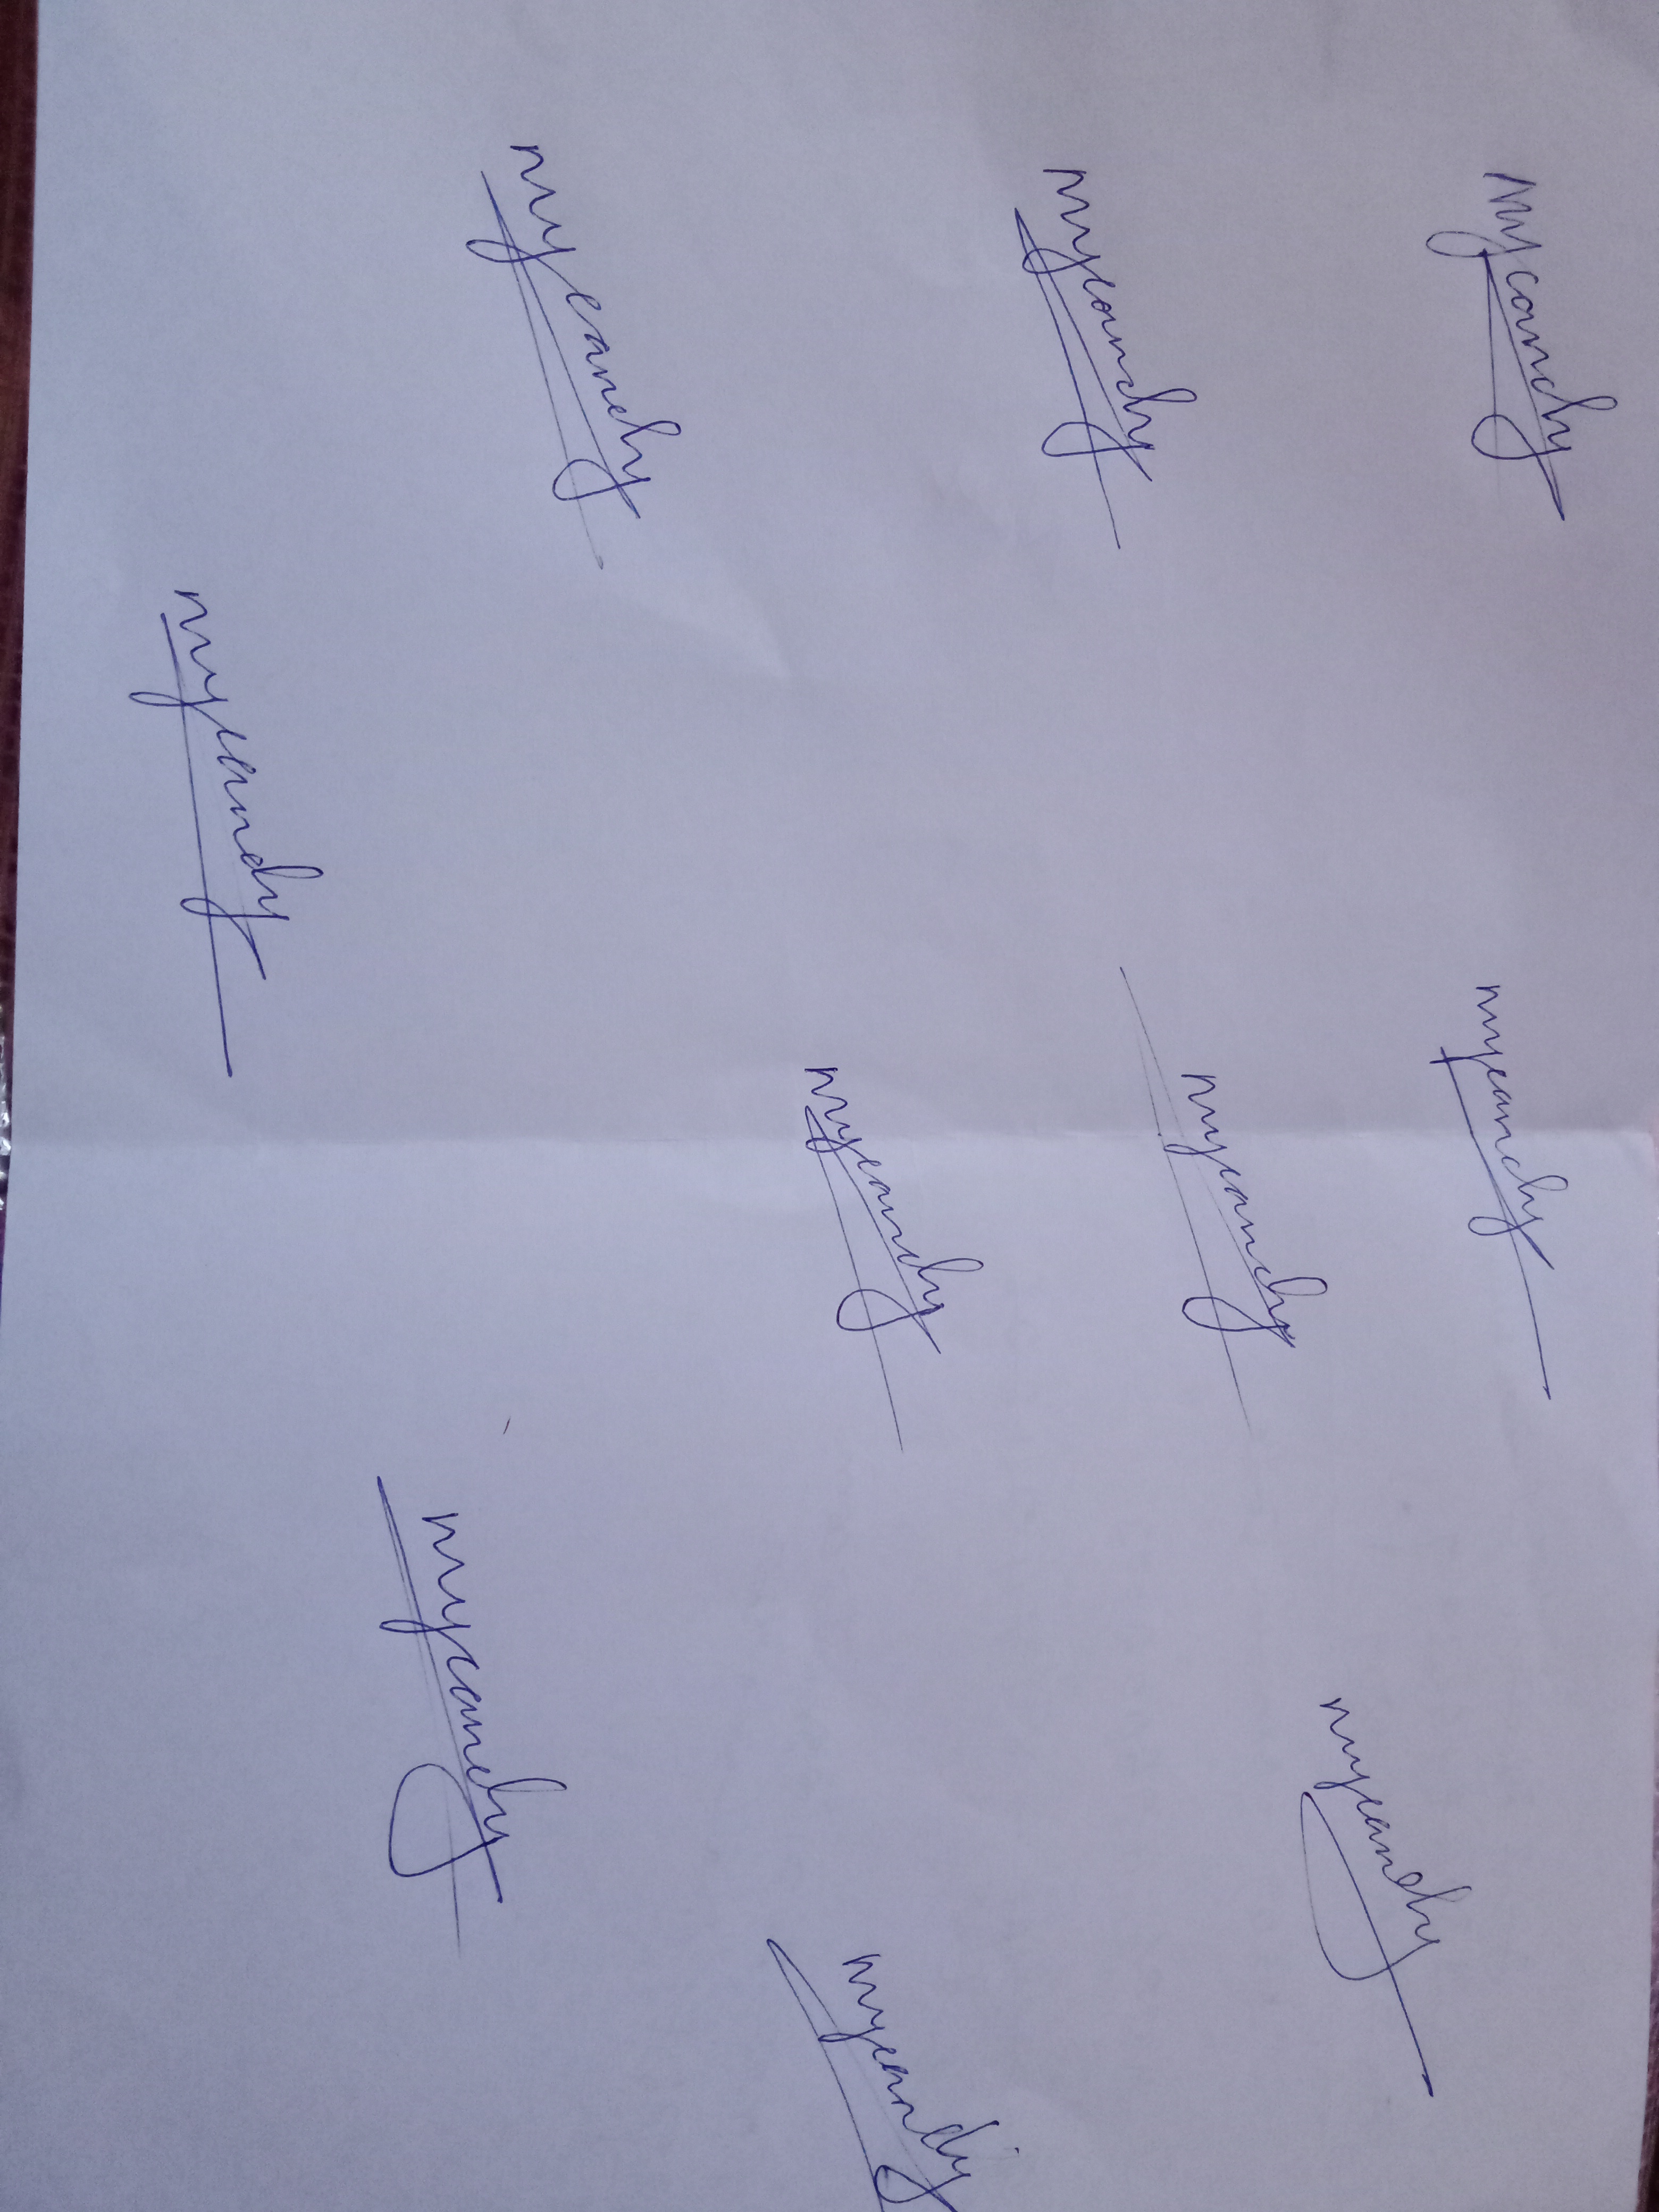
Signature authenticity: genuine